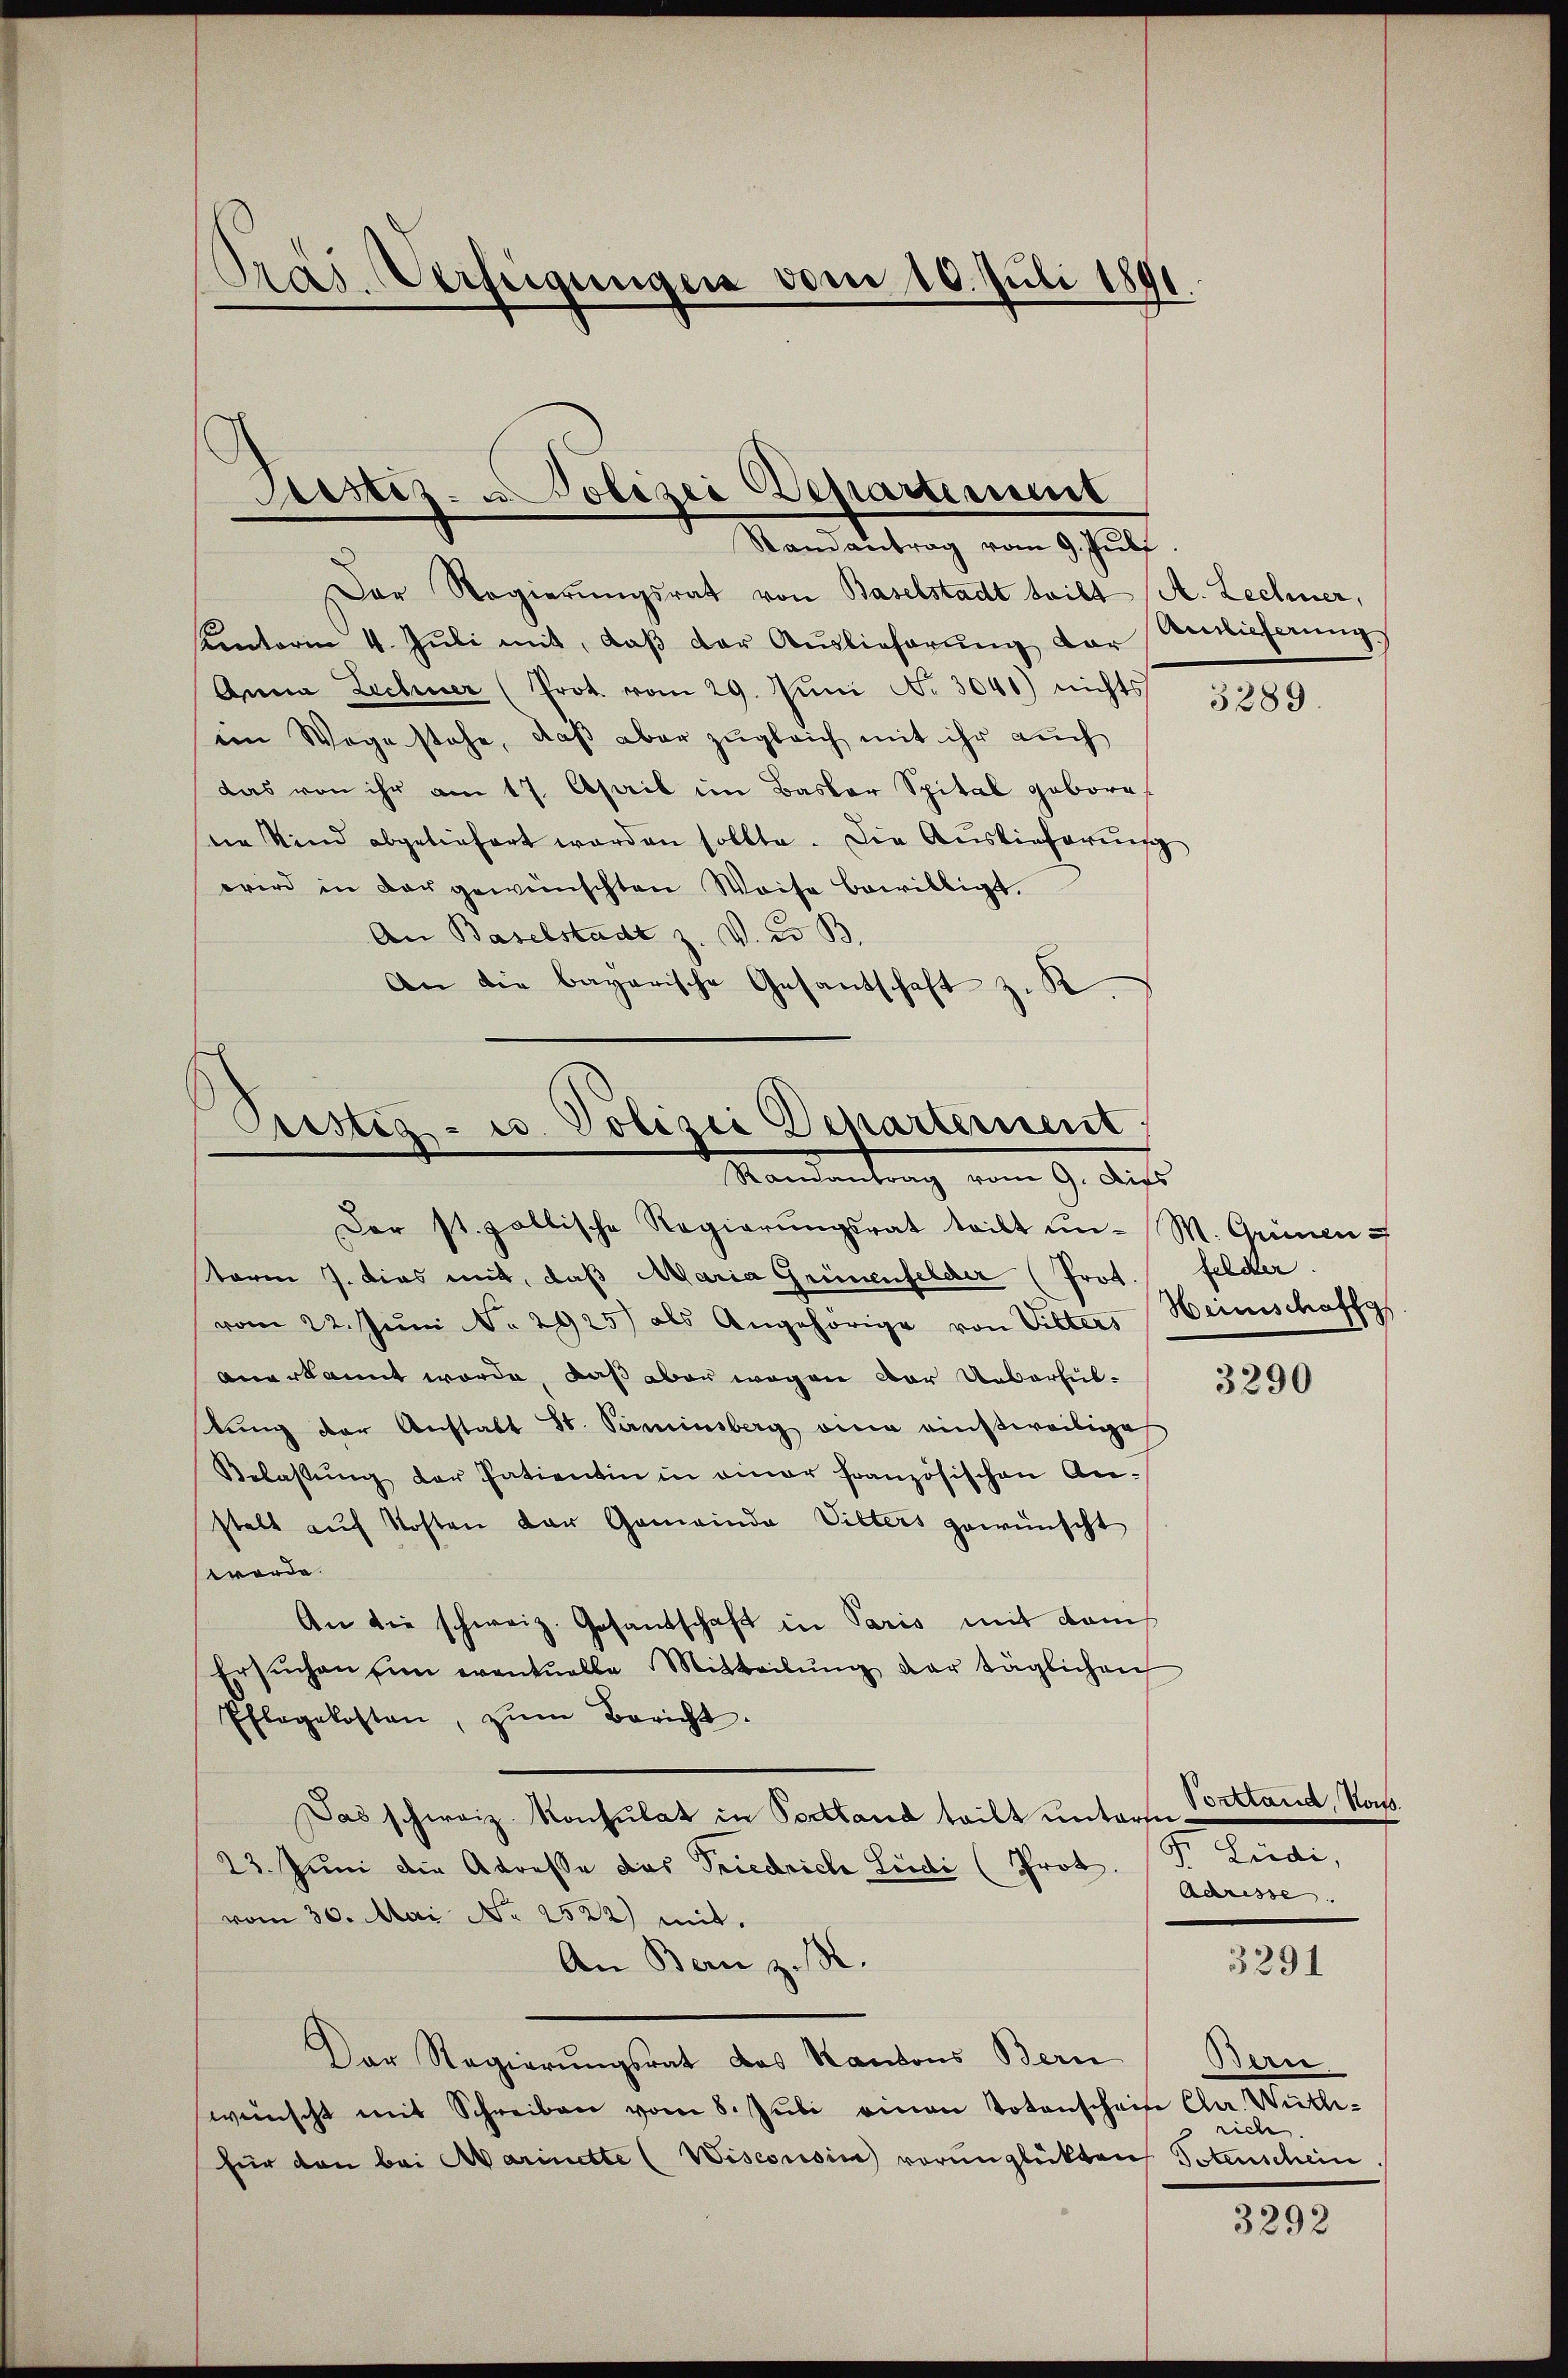
Pras Verfügungen vom 10. Juli 1891.

Der Regierŭngsrat von Baselstadt teilt (A. Lechner,
Kentorin 4. Jŭli mit, daβ der Auslieferŭng vor Brieferung
Anna Lechner (Prot. vom 29. Juni No 3040) nichts
im Wege stehe, daß aber zugleich mit ihr auch
das von ihr am 17. April im Basler Spital gebore
ne Kind abgeliefert worden sollte. Die Auslieferung
wird in der gewünschten Weise bewilligt.
An Baselstadt z. V. d. B.
An die bayerische Gesantschaft z. K.

Cristig- u. Polizei Departerient
Mandantung vom 9. Aus

Bestiz- u. Polizei Departement
Randantrag vom 9. Juli

Der st. gallische Regierungsrat teilt un- M. Grünen u
term 7. dies mit, daß Maria Grünenfelder (Prot. Felder.
vom 22. Jŭni No 2925) als Angehörige von Vitters Weinschaffg
anerkannt worde, daß aber wegen der Ueberfülstung der Anstalt St. Parminsberg eine einstweilige
Belassŭng der Patientin in einer französischen Anstalt auf Kosten der Gemeinda Vilters gewünscht
worde
An die schweiz. Gesandschaft in Paris mit dems
Ersŭchen im eventuelle Mitteilŭng der täglichen
Pflegekosten, zŭm Bericht.
Das schweiz. Konsulat in Poettand teilt unterm
23. Juni die Adresse das Friedriche Liedi (Prot.
vom 30. Mai No 2522) mit.
An Bern z. R.
Der Regierungsrat des Kantons Bern
wünscht mit Schreiben vom 8. Jŭli einen Totenschein Chr. Wütti-
für den bei Marinette (Wisconsin vorunglükten Totenschein

3289.

3290

Sonstand, Ros
I. Seite
Adrisse.

3291

Bern
rich.

3292